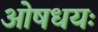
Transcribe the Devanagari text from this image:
ओषधयः